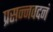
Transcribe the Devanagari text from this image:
प्रसन्नवदनं